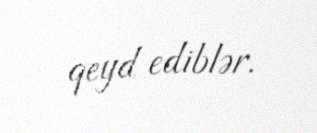
qeyd ediblər.